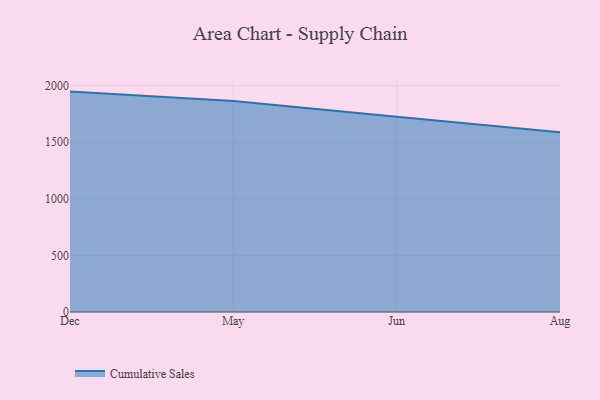
{"axis": {"x": "Month", "y": "Demand Index"}, "legend": ["Cumulative Sales"], "data": [{"x": "Dec", "y": 1946.2, "type": "Cumulative Sales"}, {"x": "May", "y": 1862.8, "type": "Cumulative Sales"}, {"x": "Jun", "y": 1725.0, "type": "Cumulative Sales"}, {"x": "Aug", "y": 1587.5, "type": "Cumulative Sales"}]}